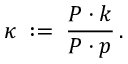
\kappa \; : = \; \frac { P \cdot k } { P \cdot p } \, .